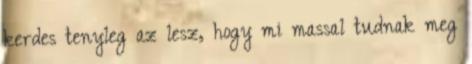
kerdes tenyleg az lesz, hogy mi massal tudnak meg